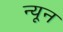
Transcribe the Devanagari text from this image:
न्‍यून